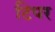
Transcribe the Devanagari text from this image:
टिपर